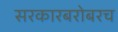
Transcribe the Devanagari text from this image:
सरकारबरोबरच